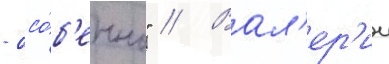
- осо́б'енно" // Вал'ер'ии